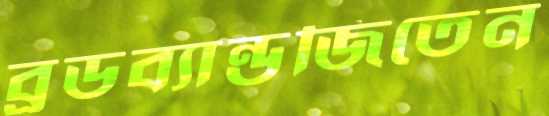
ব্রডব্যান্ডজিতেন